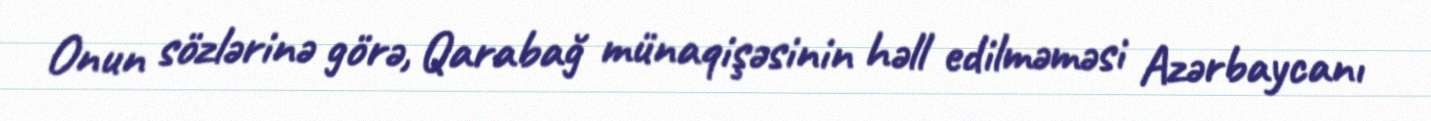
Onun sözlərinə görə, Qarabağ münaqişəsinin həll edilməməsi Azərbaycanı